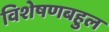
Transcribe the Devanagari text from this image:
विशेषणबहुल